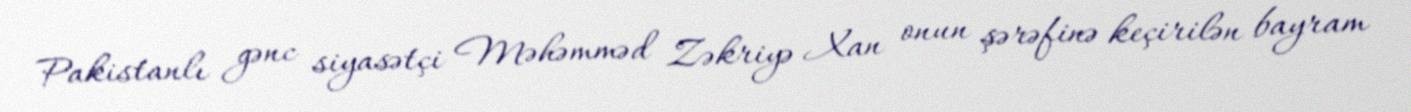
Pakistanlı gənc siyasətçi Məhəmməd Zəkriyə Xan onun şərəfinə keçirilən bayram